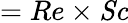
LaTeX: ={Re}\times\mathit{Sc}